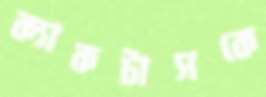
ক্যাকটাসকে